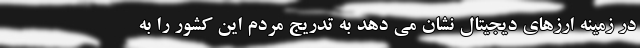
در زمینه ارزهای دیجیتال نشان می دهد به تدریج مردم این کشور را به